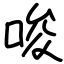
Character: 唆